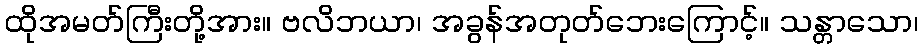
ထိုအမတ်ကြီးတို့အား။ ဗလိဘယာ၊ အခွန်အတုတ်ဘေးကြောင့်။ သန္တာသော၊